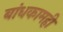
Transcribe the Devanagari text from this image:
बांधकामही